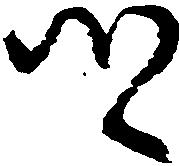
郷